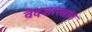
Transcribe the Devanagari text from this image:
वेदशास्त्रांत